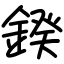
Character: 鍨